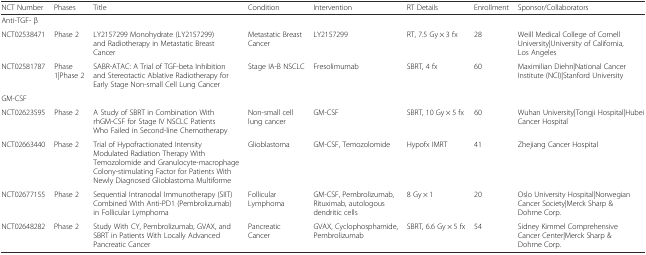
<table><thead><tr><td><b>NCT Number</b></td><td><b>Phases</b></td><td><b>Title</b></td><td><b>Condition</b></td><td><b>Intervention</b></td><td><b>RT Details</b></td><td><b>Enrollment</b></td><td><b>Sponsor/Collaborators</b></td></tr></thead><tbody><tr><td colspan="8">Anti-TGF- β</td></tr><tr><td>NCT02538471</td><td>Phase 2</td><td>LY2157299 Monohydrate (LY2157299) and Radiotherapy in Metastatic Breast Cancer</td><td>Metastatic Breast Cancer</td><td>LY2157299</td><td>RT, 7.5 Gy × 3 fx</td><td>28</td><td>Weill Medical College of Cornell University|University of California, Los Angeles</td></tr><tr><td>NCT02581787</td><td>Phase 1|Phase 2</td><td>SABR-ATAC: A Trial of TGF-beta Inhibition and Stereotactic Ablative Radiotherapy for Early Stage Non-small Cell Lung Cancer</td><td>Stage IA-B NSCLC</td><td>Fresolimumab</td><td>SBRT, 4 fx</td><td>60</td><td>Maximilian Diehn|National Cancer Institute (NCI)|Stanford University</td></tr><tr><td colspan="8">GM-CSF</td></tr><tr><td>NCT02623595</td><td>Phase 2</td><td>A Study of SBRT in Combination With rhGM-CSF for Stage IV NSCLC Patients Who Failed in Second-line Chemotherapy</td><td>Non-small cell lung cancer</td><td>GM-CSF</td><td>SBRT, 10 Gy × 5 fx</td><td>60</td><td>Wuhan University|Tongji Hospital|Hubei Cancer Hospital</td></tr><tr><td>NCT02663440</td><td>Phase 2</td><td>Trial of Hypofractionated Intensity Modulated Radiation Therapy With Temozolomide and Granulocyte-macrophage Colony-stimulating Factor for Patients With Newly Diagnosed Glioblastoma Multiforme</td><td>Glioblastoma</td><td>GM-CSF, Temozolomide</td><td>Hypofx IMRT</td><td>41</td><td>Zhejiang Cancer Hospital</td></tr><tr><td>NCT02677155</td><td>Phase 2</td><td>Sequential Intranodal Immunotherapy (SIIT) Combined With Anti-PD1 (Pembrolizumab) in Follicular Lymphoma</td><td>Follicular Lymphoma</td><td>GM-CSF, Pembrolizumab, Rituximab, autologous dendritic cells</td><td>8 Gy × 1</td><td>20</td><td>Oslo University Hospital|Norwegian Cancer Society|Merck Sharp &amp; Dohme Corp.</td></tr><tr><td>NCT02648282</td><td>Phase 2</td><td>Study With CY, Pembrolizumab, GVAX, and SBRT in Patients With Locally Advanced Pancreatic Cancer</td><td>Pancreatic Cancer</td><td>GVAX, Cyclophosphamide, Pembrolizumab</td><td>SBRT, 6.6 Gy × 5 fx</td><td>54</td><td>Sidney Kimmel Comprehensive Cancer Center|Merck Sharp &amp; Dohme Corp.</td></tr></tbody></table>